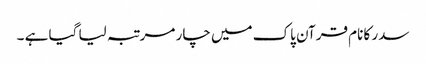
سدر کا نام قرآن پاک میں چار مرتبہ لیا گیا ہے ۔